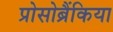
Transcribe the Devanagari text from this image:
प्रोसोब्रैंकिया